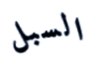
السبل